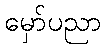
မှော်ပညာ